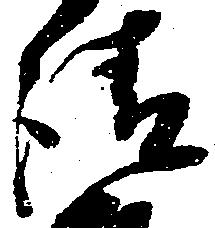
請